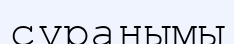
сұранымы